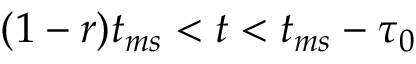
( 1 - r ) t _ { m s } < t < t _ { m s } - \tau _ { 0 }